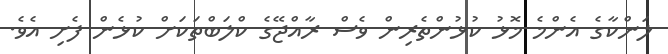
ލަންކާގެ އެންމެ މޮޅު ކުޅުންތެރިން ވެސް ރާއްޖޭގެ ކްލަބްތަކަށް ކުޅެން ފެށި އެވެ.